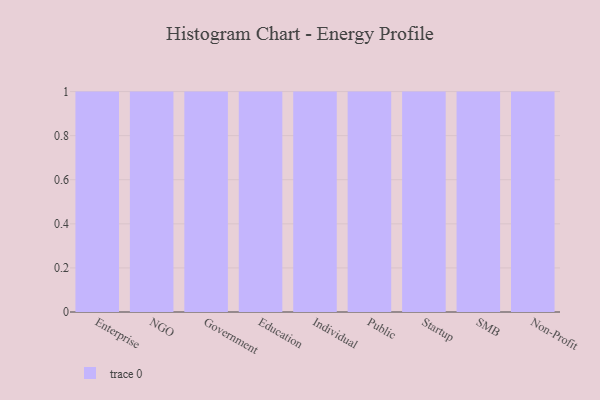
{"axis": {"x": "Segment", "y": "Population (Million)"}, "legend": [""], "data": [{"x": "Enterprise", "y": 41, "type": ""}, {"x": "NGO", "y": 53, "type": ""}, {"x": "Government", "y": 95, "type": ""}, {"x": "Education", "y": 54, "type": ""}, {"x": "Individual", "y": 64, "type": ""}, {"x": "Public", "y": 60, "type": ""}, {"x": "Startup", "y": 56, "type": ""}, {"x": "SMB", "y": 79, "type": ""}, {"x": "Non-Profit", "y": 95, "type": ""}]}